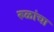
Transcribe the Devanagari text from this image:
रुळांचा